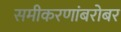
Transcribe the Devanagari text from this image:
समीकरणांबरोबर